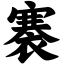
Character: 褰